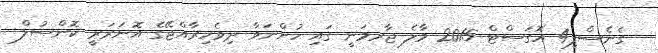
ގެނެސްފި4 އޮގަސްޓް 2015 މާލެ ޖާރމަނީ ގައި ހުންނަވާ ދިވެހިރާއްޖޭގެ އޮނަރަރީ ކޮންސުލް